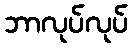
ဘာလုပ်လုပ်